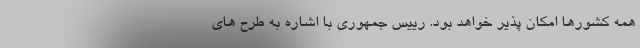
همه کشورها امکان پذیر خواهد بود. رییس جمهوری با اشاره به طرح های